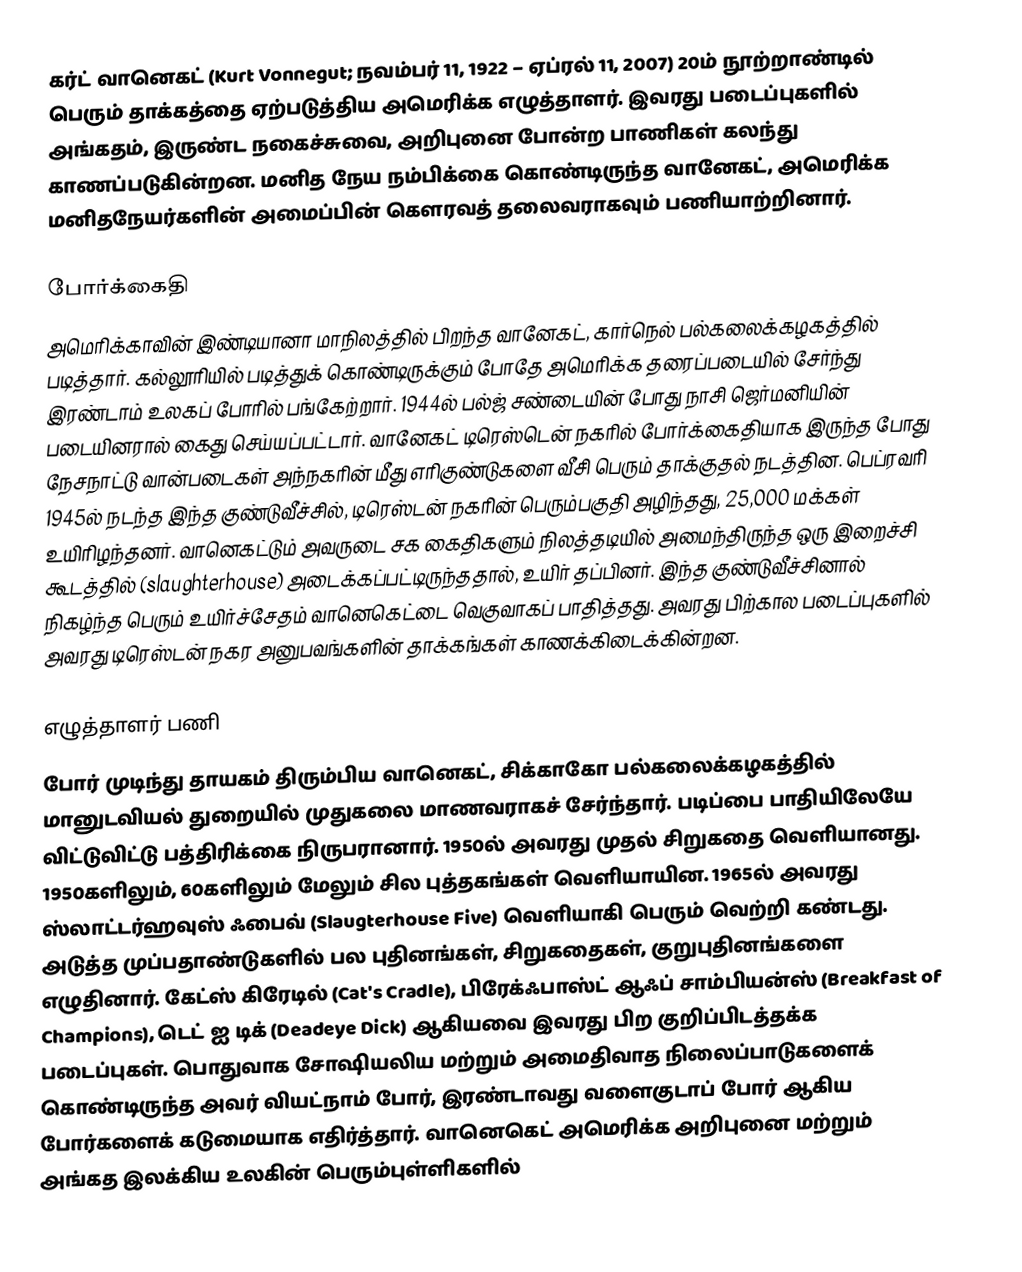
கர்ட் வானெகட் (Kurt Vonnegut; நவம்பர் 11, 1922 – ஏப்ரல் 11, 2007) 20ம் நூற்றாண்டில் பெரும் தாக்கத்தை ஏற்படுத்திய அமெரிக்க எழுத்தாளர். இவரது படைப்புகளில் அங்கதம், இருண்ட நகைச்சுவை, அறிபுனை போன்ற பாணிகள் கலந்து காணப்படுகின்றன. மனித நேய நம்பிக்கை கொண்டிருந்த வானேகட், அமெரிக்க மனிதநேயர்களின் அமைப்பின் கெளரவத் தலைவராகவும் பணியாற்றினார்.

போர்க்கைதி
அமெரிக்காவின் இண்டியானா மாநிலத்தில் பிறந்த வானேகட், கார்நெல் பல்கலைக்கழகத்தில் படித்தார். கல்லூரியில் படித்துக் கொண்டிருக்கும் போதே அமெரிக்க தரைப்படையில் சேர்ந்து இரண்டாம் உலகப் போரில் பங்கேற்றார். 1944ல் பல்ஜ் சண்டையின் போது நாசி ஜெர்மனியின் படையினரால் கைது செய்யப்பட்டார். வானேகட் டிரெஸ்டென் நகரில் போர்க்கைதியாக இருந்த போது நேசநாட்டு வான்படைகள் அந்நகரின் மீது எரிகுண்டுகளை வீசி பெரும் தாக்குதல் நடத்தின. பெப்ரவரி 1945ல் நடந்த இந்த குண்டுவீச்சில், டிரெஸ்டன் நகரின் பெரும்பகுதி அழிந்தது, 25,000 மக்கள் உயிரிழந்தனர். வானெகட்டும் அவருடை சக கைதிகளும் நிலத்தடியில் அமைந்திருந்த ஒரு இறைச்சி கூடத்தில் (slaughterhouse) அடைக்கப்பட்டிருந்ததால், உயிர் தப்பினர். இந்த குண்டுவீச்சினால் நிகழ்ந்த பெரும் உயிர்ச்சேதம் வானெகெட்டை வெகுவாகப் பாதித்தது. அவரது பிற்கால படைப்புகளில் அவரது டிரெஸ்டன் நகர அனுபவங்களின் தாக்கங்கள் காணக்கிடைக்கின்றன.

எழுத்தாளர் பணி
போர் முடிந்து தாயகம் திரும்பிய வானெகட், சிக்காகோ பல்கலைக்கழகத்தில் மானுடவியல் துறையில் முதுகலை மாணவராகச் சேர்ந்தார். படிப்பை பாதியிலேயே விட்டுவிட்டு பத்திரிக்கை நிருபரானார். 1950ல் அவரது முதல் சிறுகதை வெளியானது. 1950களிலும், 60களிலும் மேலும் சில புத்தகங்கள் வெளியாயின. 1965ல் அவரது ஸ்லாட்டர்ஹவுஸ் ஃபைவ் (Slaugterhouse Five) வெளியாகி பெரும் வெற்றி கண்டது. அடுத்த முப்பதாண்டுகளில் பல புதினங்கள், சிறுகதைகள், குறுபுதினங்களை எழுதினார். கேட்ஸ் கிரேடில் (Cat's Cradle), பிரேக்ஃபாஸ்ட் ஆஃப் சாம்பியன்ஸ் (Breakfast of Champions), டெட் ஐ டிக் (Deadeye Dick) ஆகியவை இவரது பிற குறிப்பிடத்தக்க படைப்புகள். பொதுவாக சோஷியலிய மற்றும் அமைதிவாத நிலைப்பாடுகளைக் கொண்டிருந்த அவர் வியட்நாம் போர், இரண்டாவது வளைகுடாப் போர் ஆகிய போர்களைக் கடுமையாக எதிர்த்தார். வானெகெட் அமெரிக்க அறிபுனை மற்றும் அங்கத இலக்கிய உலகின் பெரும்புள்ளிகளில்